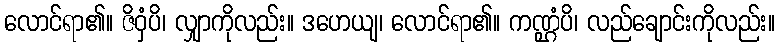
လောင်ရာ၏။ ဇိဝှံပိ၊ လျှာကိုလည်း။ ဒဟေယျ၊ လောင်ရာ၏။ ကဏ္ဌံပိ၊ လည်ချောင်းကိုလည်း။